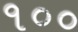
૧૦૦